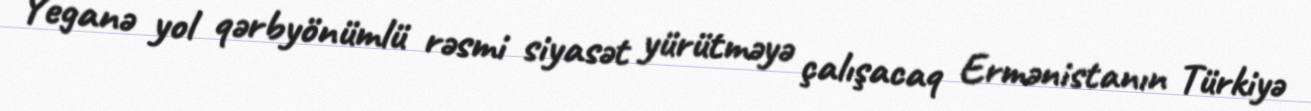
Yeganə yol qərbyönümlü rəsmi siyasət yürütməyə çalışacaq Ermənistanın Türkiyə